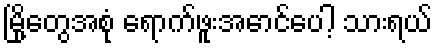
မြို့တွေအစုံ ရောက်ဖူးအောင်ပေါ့ သားရယ်